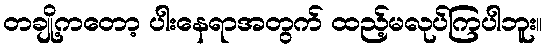
တချို့ကတော့ ပါးနေရာအတွက် ထည့်မလုပ်ကြပါဘူး။